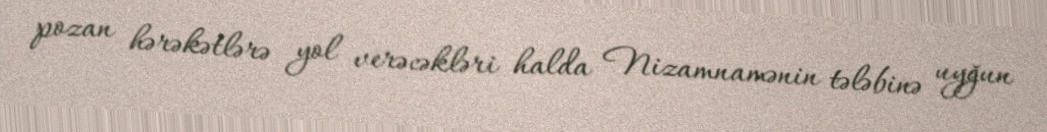
pozan hərəkətlərə yol verəcəkləri halda Nizamnamənin tələbinə uyğun